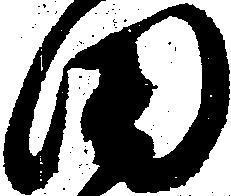
田